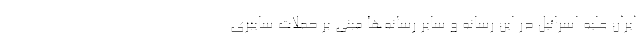
ایران علیه اسرائیل در این رسانه و سایر رسانه‌ها مبنی بر حملات سایبری